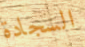
السجادة